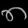
Digit: ၈